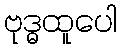
ဗုဒ္ဓထူပေါ